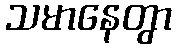
သမာနေတွာ